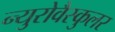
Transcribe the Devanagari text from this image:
न्युरोवैस्कुलर